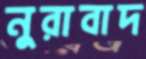
নুরাবাদ